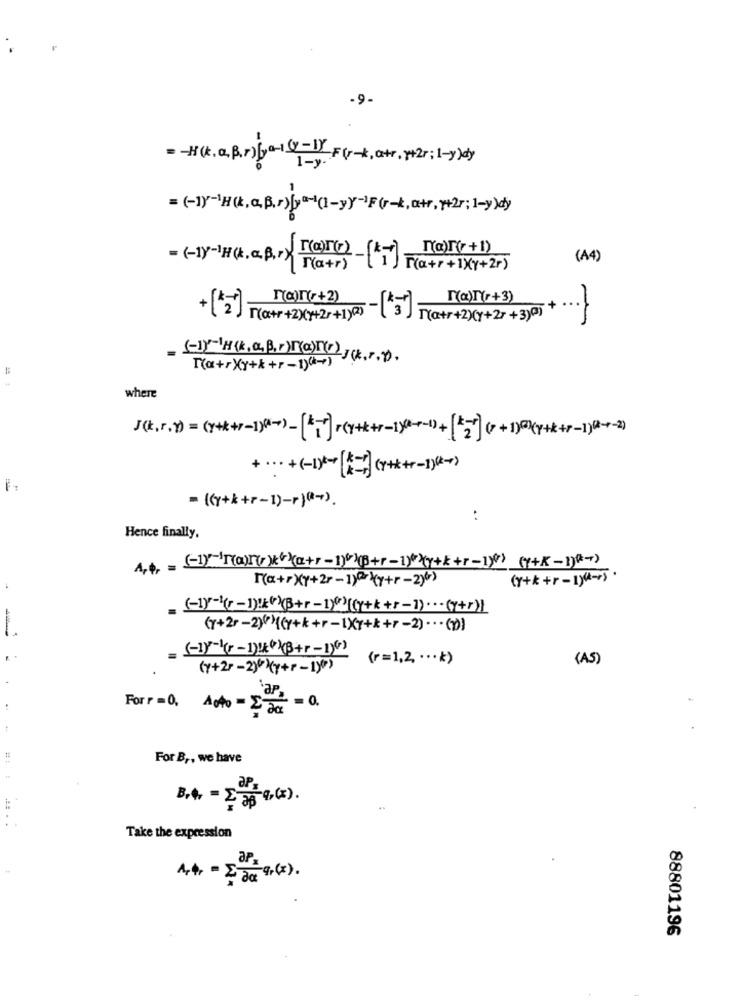
-9-
=- (.a.B.)by-1(x-1) =(-k, a+r. p+2r; 1-y)dy
-
Ta)T(+1)
(A4)
= (-1)-1H (k. a. B, r) T(a+r) -(
T(a+r+1)(y+2r)
r(a)r(+2)
na)[(r+3)
+ ...
-[5]
T(a+r+2)(y+27 +3)(0)
[(a+r)y+k +r-1)(-)
where
+ ··· + ( - 1)+ ( *= } (+-1)( >
= (y+k+r-1)-r)(-).
:
Hence finally,
[(a+r)(1+2r -1)or (y+r-2)6)
(Y+k +r - 1)6-1) .
(r+2r-2)(r){y+k+r-1X7++++ -2) .. . ()
(r=1,2, ...* )
(AS)
aP = 0.
Forr =0, Acto - EJa
For B ,, we have
# ::
aPs
B.4. = 235 9 (x).
Take the expression
ar
14 - EDGE , (x) .
88801196